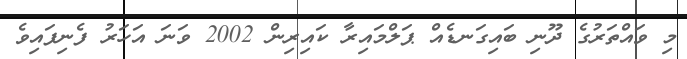
މި ވައްތަރުގެ ދޫނި ބައިގަނޑެއް ޕަލްމައިރާ ކައިރިން 2002 ވަނަ އަހަރު ފެނިފައިވެ